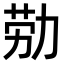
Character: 𫦰